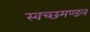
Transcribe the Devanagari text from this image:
स्‍वच्‍छमण्‍डल